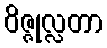
ဝိဇ္ဇုလ္လတာ